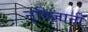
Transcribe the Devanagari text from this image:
नृविज्ञानी